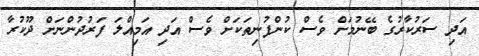
އަދި ސަރުކާރުގެ ބޭނުމަށް ވެސް ކުންފުނިތަކަށް ވެސް އަދި އަމިއްލަ ފަރުދުންނަށް ދޫކުރާ